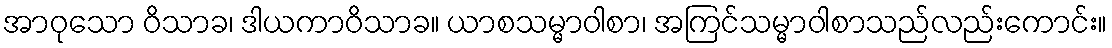
အာဝုသော ဝိသာခ၊ ဒါယကာဝိသာခ။ ယာစသမ္မာဝါစာ၊ အကြင်သမ္မာဝါစာသည်လည်းကောင်း။